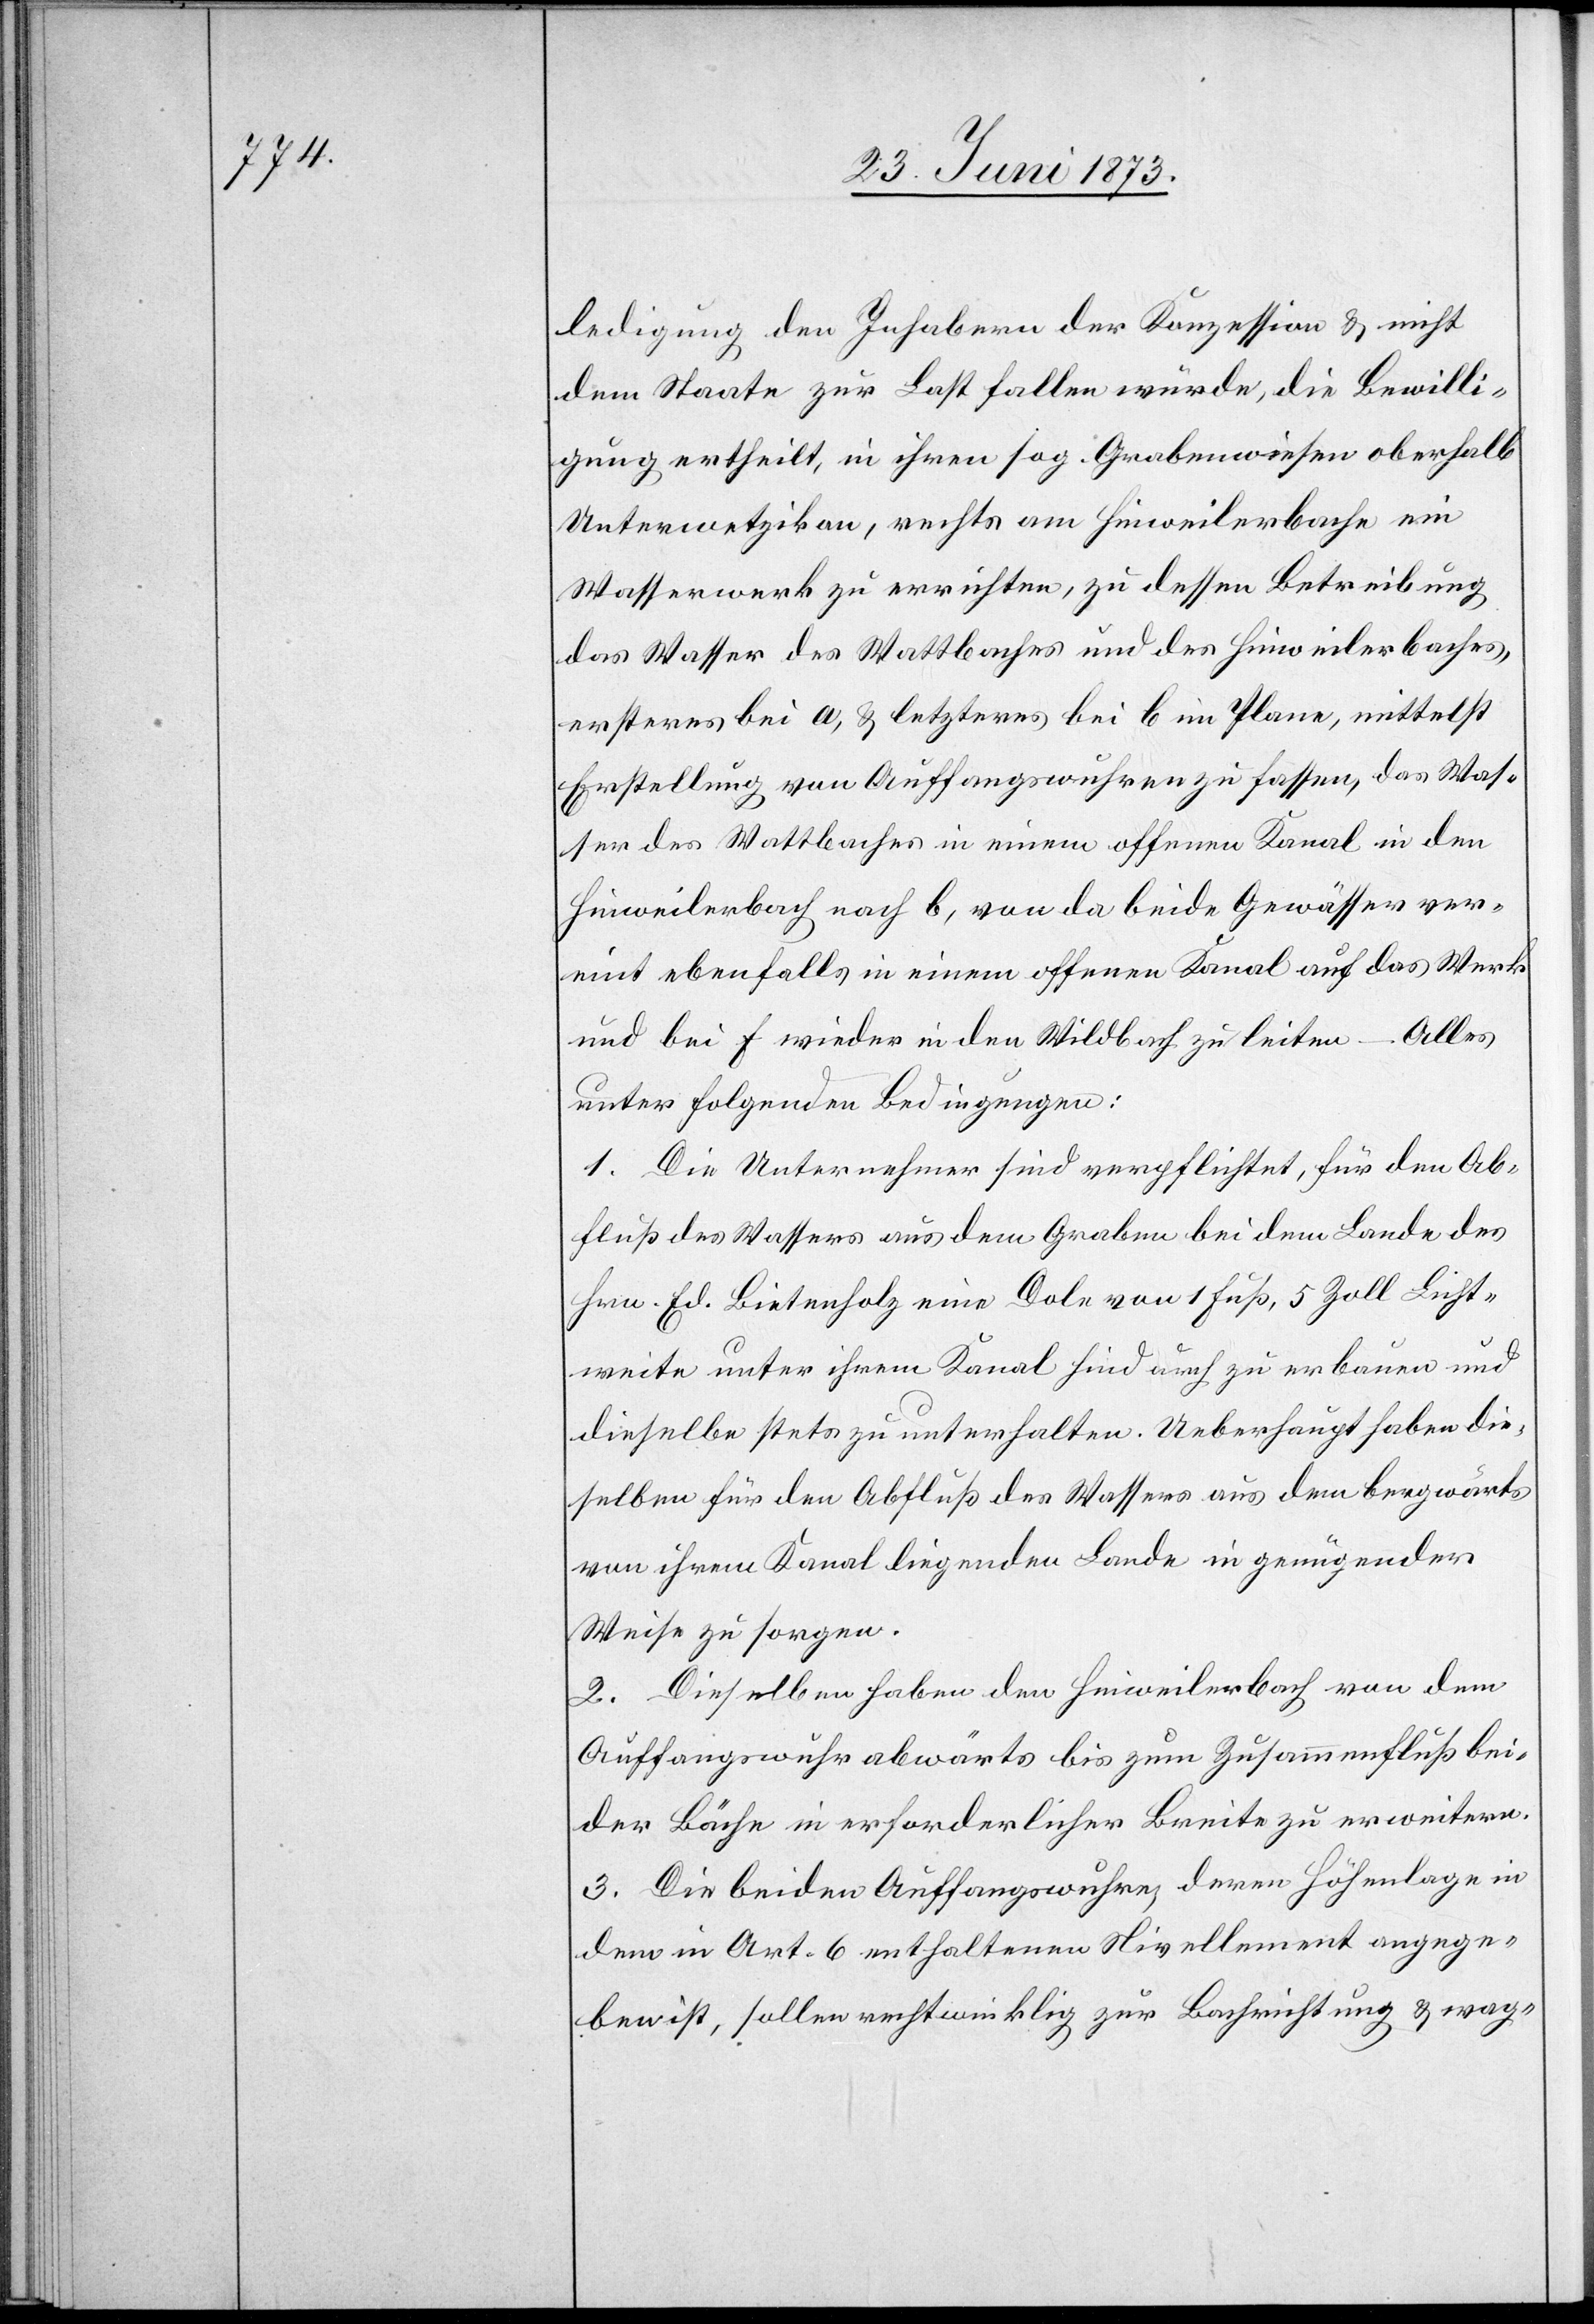
ledigung den Inhabern der Konzession & nicht
dem Staate zur Last fallen würde, die Bewilli¬
gung ertheilt, in ihren sog. Grabenwiesen oberhalb
Unterwetzikon, rechts am Hinweilerbache ein
Wasserwerk zu errichten, zu dessen Betreibung
das Wasser des Wattbaches und des Hinweilerbaches,
ersteres bei a, & letzteres bei b im Plane, mittelst
Erstellung von Auffangswuhren zu fassen, das Was¬
ser des Wattbaches in einem offenen Kanal in den
Hinweilerbach nach b, von da beide Gewässer ver¬
eint ebenfalls in einem offenen Kanal auf das Werk
und bei f wieder in den Wildbach zu leiten – Alles
unter folgenden Bedingungen:
1. Die Unternehmer sind verpflichtet, für den Ab¬
fluß des Wassers aus dem Graben bei dem Lande des
Hrn. Ed. Bietenholz eine Dole von 1 Fuß, 5 Zoll Licht¬
weite unter ihrem Kanal hindurch zu erbauen und
dieselbe stets zu unterhalten. Ueberhaupt haben die¬
selben für den Abfluß des Wassers aus dem bergwärts
von ihrem Kanal liegenden Lande in genügender
Weise zu sorgen.
2. Dieselben haben den Hinweilerbach von dem
Auffangswuhr abwärts bis zum Zusammenfluß bei¬
der Bäche in erforderlicher Breite zu erweitern.
3. Die beiden Auffangswuhre, deren Höhenlage in
dem in Art. 6 enthaltenen Nivellement angege¬
ben ist, sollen rechtwinklig zur Bachrichtung & wag-